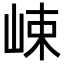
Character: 𡷽